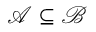
{ \mathcal { A } } \subseteq { \mathcal { B } }